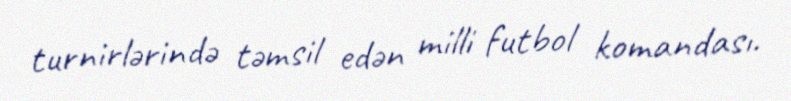
turnirlərində təmsil edən milli futbol komandası.